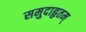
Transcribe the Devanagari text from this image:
समुदाहृतम्